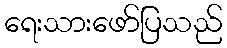
ရေးသားဖော်ပြသည်